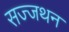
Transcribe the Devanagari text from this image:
सज्जथन